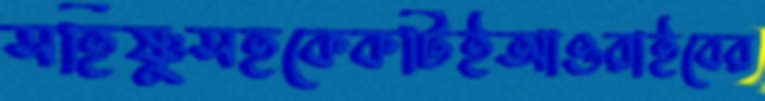
সহিষ্ণুসহকেকটিইআওরাইবের